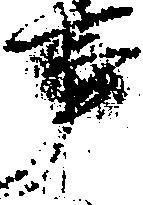
事